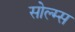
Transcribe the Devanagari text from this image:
सोल्म्स